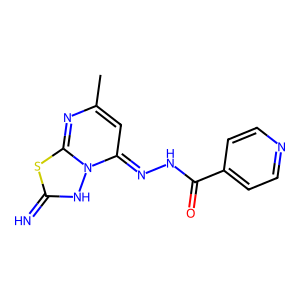
SMILES: Cc1cc(=NNC(=O)c2ccncc2)n2[nH]c(=N)sc2n1
Inhibits HIV replication: No